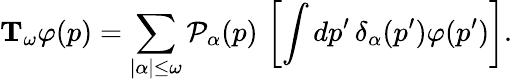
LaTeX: \mathrm{\mathbf T}_{\omega}\varphi(p)=\sum_{|\alpha|\le\omega}{\cal P}_{\alpha}(p)\, \left[\int dp^{\prime}\, \delta_{\alpha}(p^{\prime})\varphi(p^{\prime})\right].